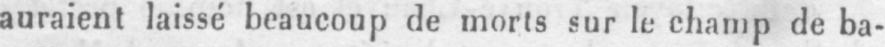
auraient laissé beaucoup de morts sur le champ de ba-